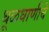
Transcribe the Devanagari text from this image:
धूळधाणीचे